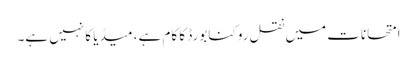
امتحانات میں نقل روکنا بورڈ کا کام ہے، میڈیا کا نہیں ہے۔